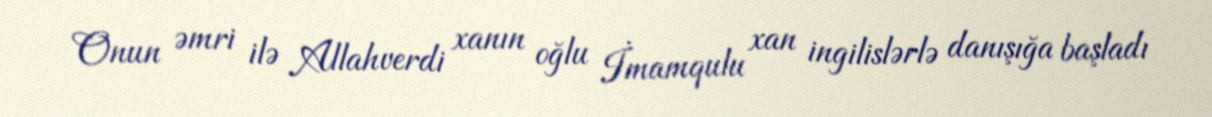
Onun əmri ilə Allahverdi xanın oğlu İmamqulu xan ingilislərlə danışığa başladı